Proceedings of the meeting of veterinary officers in India
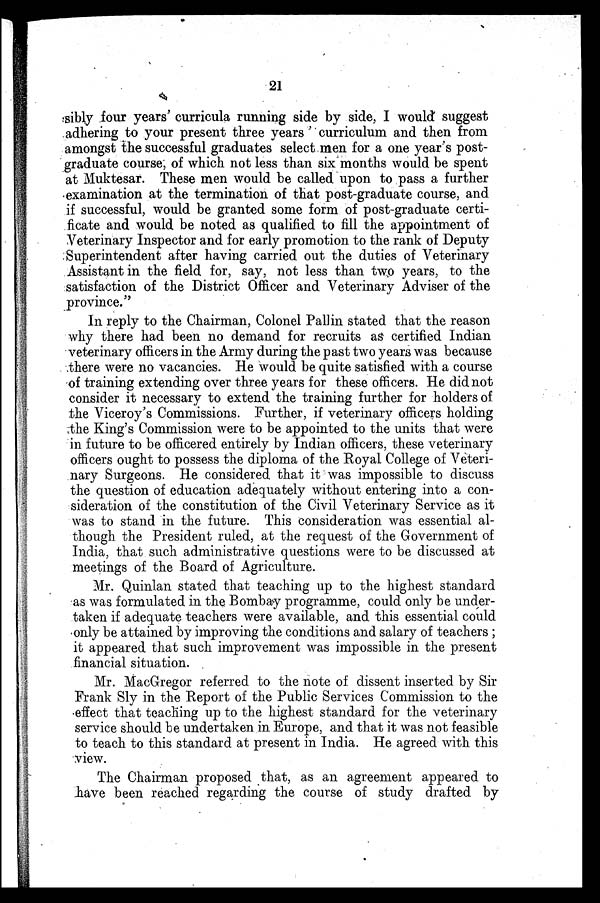
21
sibly four years' curricula running side by side, I would suggest
adhering to your present three years' curriculum and then from
amongst the successful graduates select men for a one year's post-
graduate course, of which not less than six months would be spent
at Muktesar. These men would be called upon to pass a further
examination at the termination of that post-graduate course, and
if successful, would be granted some form of post-graduate certi-
ficate and would be noted as qualified to fill the appointment of
Veterinary Inspector and for early promotion to the rank of Deputy
Superintendent after having carried out the duties of Veterinary
Assistant in the field for, say, not less than two years, to the
satisfaction of the District Officer and Veterinary Adviser of the
province."
In reply to the Chairman, Colonel Pallin stated that the reason
why there had been no demand for recruits as certified Indian
veterinary officers in the Army during the past two years was because
there were no vacancies. He would be quite satisfied with a course
of training extending over three years for these officers. He did not
consider it necessary to extend the training further for holders of
the Viceroy's Commissions. Further, if veterinary officers holding
the King's Commission were to be appointed to the units that were
in future to be officered entirely by Indian officers, these veterinary
officers ought to possess the diploma of the Royal College of Veteri-
nary Surgeons. He considered that it was impossible to discuss
the question of education adequately without entering into a con-
sideration of the constitution of the Civil Veterinary Service as it
was to stand in the future. This consideration was essential al-
though the President ruled, at the request of the Government of
India, that such administrative questions were to be discussed at
meetings of the Board of Agriculture.
Mr. Quinlan stated that teaching up to the highest standard
as was formulated in the Bombay programme, could only be under-
taken if adequate teachers were available, and this essential could
only be attained by improving the conditions and salary of teachers;
it appeared that such improvement was impossible in the present
financial situation.
Mr. MacGregor referred to the note of dissent inserted by Sir
Prank Sly in the Report of the Public Services Commission to the
effect that teaching up to the highest standard for the veterinary
service should be undertaken in Europe, and that it was not feasible
to teach to this standard at present in India. He agreed with this
view.
The Chairman proposed that, as an agreement appeared to
lave been reached regarding the course of study drafted by